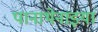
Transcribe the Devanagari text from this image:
पानाथेनाइयां